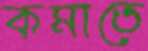
কমাতে